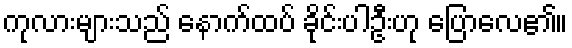
ကုလားများသည် နောက်ထပ် ခိုင်းပါဦးဟု ပြောလေ၏။